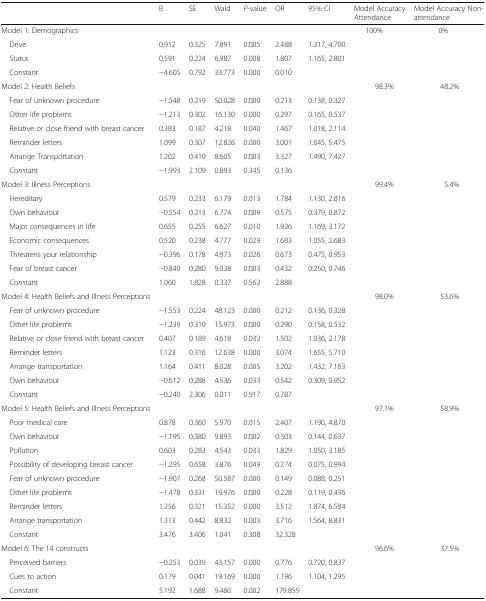
<table><thead><tr><td></td><td><b>B</b></td><td><b>SE</b></td><td><b>Wald</b></td><td><b><i>P</i>-value</b></td><td><b>OR</b></td><td><b>95% CI</b></td><td><b>Model Accuracy Attendance</b></td><td><b>Model Accuracy Non-attendance</b></td></tr></thead><tbody><tr><td>Model 1: Demographics</td><td colspan="6"></td><td>100%</td><td>0%</td></tr><tr><td> Drive</td><td>0.912</td><td>0.325</td><td>7.891</td><td>0.005</td><td>2.488</td><td>1.317, 4.700</td><td></td><td></td></tr><tr><td> Status</td><td>0.591</td><td>0.224</td><td>6.987</td><td>0.008</td><td>1.807</td><td>1.165, 2.801</td><td></td><td></td></tr><tr><td> Constant</td><td>−4.605</td><td>0.792</td><td>33.773</td><td>0.000</td><td>0.010</td><td></td><td></td><td></td></tr><tr><td>Model 2: Health Beliefs</td><td></td><td></td><td></td><td></td><td></td><td></td><td>98.3%</td><td>48.2%</td></tr><tr><td> Fear of unknown procedure</td><td>−1.548</td><td>0.219</td><td>50.028</td><td>0.000</td><td>0.213</td><td>0.138, 0.327</td><td></td><td></td></tr><tr><td> Other life problems</td><td>−1.213</td><td>0.302</td><td>16.130</td><td>0.000</td><td>0.297</td><td>0.165, 0.537</td><td></td><td></td></tr><tr><td> Relative or close friend with breast cancer</td><td>0.383</td><td>0.187</td><td>4.218</td><td>0.040</td><td>1.467</td><td>1.018, 2.114</td><td></td><td></td></tr><tr><td> Reminder letters</td><td>1.099</td><td>0.307</td><td>12.826</td><td>0.000</td><td>3.001</td><td>1.645, 5.475</td><td></td><td></td></tr><tr><td> Arrange Transportation</td><td>1.202</td><td>0.410</td><td>8.605</td><td>0.003</td><td>3.327</td><td>1.490, 7.427</td><td></td><td></td></tr><tr><td> Constant</td><td>−1.993</td><td>2.109</td><td>0.893</td><td>0.345</td><td>0.136</td><td></td><td></td><td></td></tr><tr><td>Model 3: Illness Perceptions</td><td></td><td></td><td></td><td></td><td></td><td></td><td>99.4%</td><td>5.4%</td></tr><tr><td> Hereditary</td><td>0.579</td><td>0.233</td><td>6.179</td><td>0.013</td><td>1.784</td><td>1.130, 2.816</td><td></td><td></td></tr><tr><td> Own behaviour</td><td>−0.554</td><td>0.213</td><td>6.774</td><td>0.009</td><td>0.575</td><td>0.379, 0.872</td><td></td><td></td></tr><tr><td> Major consequences in life</td><td>0.655</td><td>0.255</td><td>6.627</td><td>0.010</td><td>1.926</td><td>1.169, 3.172</td><td></td><td></td></tr><tr><td> Economic consequences</td><td>0.520</td><td>0.238</td><td>4.777</td><td>0.029</td><td>1.683</td><td>1.055, 2.683</td><td></td><td></td></tr><tr><td> Threatens your relationship</td><td>−0.396</td><td>0.178</td><td>4.973</td><td>0.026</td><td>0.673</td><td>0.475, 0.953</td><td></td><td></td></tr><tr><td> Fear of breast cancer</td><td>−0.840</td><td>0.280</td><td>9.038</td><td>0.003</td><td>0.432</td><td>0.250, 0.746</td><td></td><td></td></tr><tr><td> Constant</td><td>1.060</td><td>1.828</td><td>0.337</td><td>0.562</td><td>2.888</td><td></td><td></td><td></td></tr><tr><td>Model 4: Health Beliefs and Illness Perceptions</td><td></td><td></td><td></td><td></td><td></td><td></td><td>98.0%</td><td>53.6%</td></tr><tr><td> Fear of unknown procedure</td><td>−1.553</td><td>0.224</td><td>48.123</td><td>0.000</td><td>0.212</td><td>0.136, 0.328</td><td></td><td></td></tr><tr><td> Other life problems</td><td>−1.239</td><td>0.310</td><td>15.973</td><td>0.000</td><td>0.290</td><td>0.158, 0.532</td><td></td><td></td></tr><tr><td> Relative or close friend with breast cancer</td><td>0.407</td><td>0.189</td><td>4.618</td><td>0.032</td><td>1.502</td><td>1.036, 2.178</td><td></td><td></td></tr><tr><td> Reminder letters</td><td>1.123</td><td>0.316</td><td>12.638</td><td>0.000</td><td>3.074</td><td>1.655, 5.710</td><td></td><td></td></tr><tr><td> Arrange transportation</td><td>1.164</td><td>0.411</td><td>8.028</td><td>0.005</td><td>3.202</td><td>1.432, 7.163</td><td></td><td></td></tr><tr><td> Own behaviour</td><td>−0.612</td><td>0.288</td><td>4.536</td><td>0.033</td><td>0.542</td><td>0.309, 0.952</td><td></td><td></td></tr><tr><td> Constant</td><td>−0.240</td><td>2.306</td><td>0.011</td><td>0.917</td><td>0.787</td><td></td><td></td><td></td></tr><tr><td>Model 5: Health Beliefs and Illness Perceptions</td><td></td><td></td><td></td><td></td><td></td><td></td><td>97.1%</td><td>58.9%</td></tr><tr><td> Poor medical care</td><td>0.878</td><td>0.360</td><td>5.970</td><td>0.015</td><td>2.407</td><td>1.190, 4.870</td><td></td><td></td></tr><tr><td> Own behaviour</td><td>−1.195</td><td>0.380</td><td>9.893</td><td>0.002</td><td>0.303</td><td>0.144, 0.637</td><td></td><td></td></tr><tr><td> Pollution</td><td>0.603</td><td>0.283</td><td>4.543</td><td>0.033</td><td>1.829</td><td>1.050, 3.185</td><td></td><td></td></tr><tr><td> Possibility of developing breast cancer</td><td>−1.295</td><td>0.658</td><td>3.876</td><td>0.049</td><td>0.274</td><td>0.075, 0.994</td><td></td><td></td></tr><tr><td> Fear of unknown procedure</td><td>−1.907</td><td>0.268</td><td>50.587</td><td>0.000</td><td>0.149</td><td>0.088, 0.251</td><td></td><td></td></tr><tr><td> Other life problems</td><td>−1.478</td><td>0.331</td><td>19.976</td><td>0.000</td><td>0.228</td><td>0.119, 0.436</td><td></td><td></td></tr><tr><td> Reminder letters</td><td>1.256</td><td>0.321</td><td>15.352</td><td>0.000</td><td>3.512</td><td>1.874, 6.584</td><td></td><td></td></tr><tr><td> Arrange transportation</td><td>1.313</td><td>0.442</td><td>8.832</td><td>0.003</td><td>3.716</td><td>1.564, 8.831</td><td></td><td></td></tr><tr><td> Constant</td><td>3.476</td><td>3.406</td><td>1.041</td><td>0.308</td><td>32.328</td><td></td><td></td><td></td></tr><tr><td>Model 6: The 14 constructs</td><td></td><td></td><td></td><td></td><td></td><td></td><td>96.6%</td><td>37.5%</td></tr><tr><td> Perceived barriers</td><td>−0.253</td><td>0.039</td><td>43.157</td><td>0.000</td><td>0.776</td><td>0.720, 0.837</td><td></td><td></td></tr><tr><td> Cues to action</td><td>0.179</td><td>0.041</td><td>19.169</td><td>0.000</td><td>1.196</td><td>1.104, 1.295</td><td></td><td></td></tr><tr><td> Constant</td><td>5.192</td><td>1.688</td><td>9.460</td><td>0.002</td><td>179.859</td><td></td><td></td><td></td></tr></tbody></table>